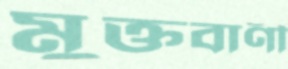
মুক্তবাণী